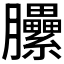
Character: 𰯬